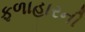
ફળાહારની